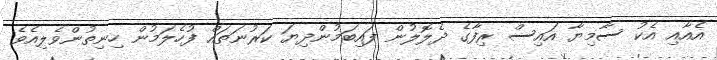
އެއާއި އެކު ސާމިޔާ އައިސް ރިފާގެ ދެލޮލުން ފައިބަމުންދިޔަ ކަރުނަތައް ފުހެލަމުން ހިނިތުންވެލިއެވެ